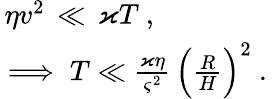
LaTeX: \begin{array}{r}{\eta v^{2}\, \ll\, \varkappa T\ ,\ \qquad\qquad}\\ {\implies T\ll\frac{\varkappa\eta}{\varsigma^{2}}\, \Big(\frac{R}{H}\Big)^{2}\ .\ }\end{array}